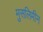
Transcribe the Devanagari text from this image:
मुसलिमीन